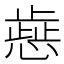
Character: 𢡬